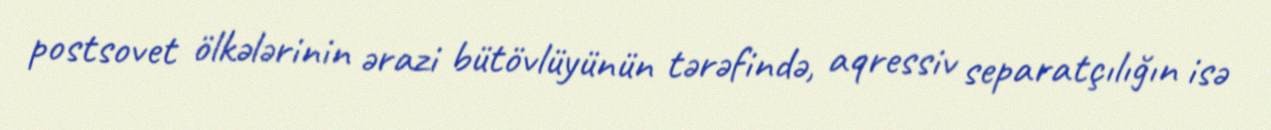
postsovet ölkələrinin ərazi bütövlüyünün tərəfində, aqressiv separatçılığın isə